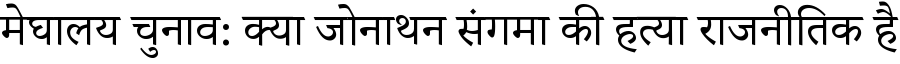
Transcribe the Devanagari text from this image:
मेघालय चुनाव: क्या जोनाथन संगमा की हत्या राजनीतिक है